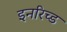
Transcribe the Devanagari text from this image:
इनरिच्ड